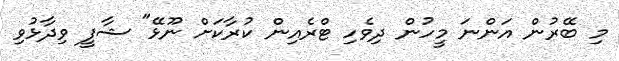
މި ބޭރުން އަންނަ މީހުން ދިވެހި ޓްރެއިން ކުރާކަށް ނޫޅޭ" ޝާފީ ވިދާޅުވި